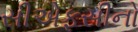
સીએફસીનો